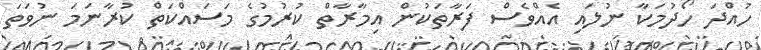
ހުއްދަ ހޯދުމަކާ ނުލައި އެއްވެސް ފަރާތަކުން އިމާރާތް ކުރުމުގެ މަސައްކަތް ކުރާނަމަ ނުވަތަ